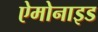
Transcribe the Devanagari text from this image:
ऐमोनाइड